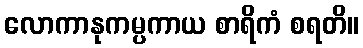
လောကာနုကမ္ပကာယ စာရိကံ စရတိ။